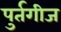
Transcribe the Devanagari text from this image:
पुर्तगीज